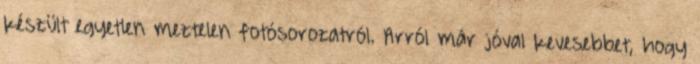
készült egyetlen meztelen fotósorozatról. Arról már jóval kevesebbet, hogy